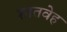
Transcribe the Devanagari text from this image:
शातवेह